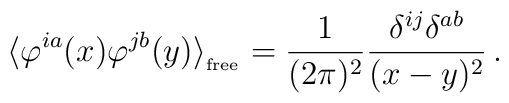
\langle \varphi^{ia}(x) \varphi^{jb}(y)\rangle_{_{{\rm free}}} =  \frac{1}{(2 \pi)^2} \frac{\delta^{ij}\delta^{ab}}{(x-y)^2} \, .